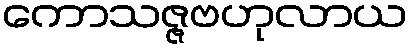
ကောသဇ္ဇဗဟုလာယ